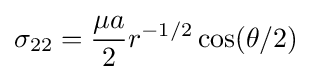
\sigma _{22}={\frac {\mu a}{2}}r^{-1/2}\cos(\theta /2)